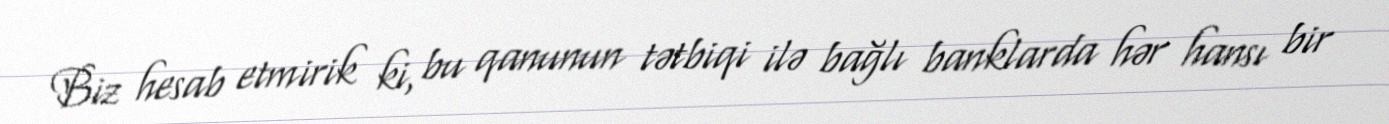
Biz hesab etmirik ki, bu qanunun tətbiqi ilə bağlı banklarda hər hansı bir